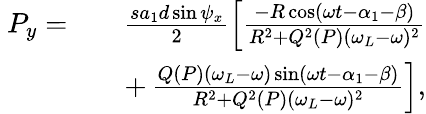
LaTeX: \begin{array}{rlr}{~P_{y}=}&{}&{\frac{sa_{1}d\sin\psi_{x}}{2}\left[\frac{-R\cos(\omega t-\alpha_{1}-\beta)}{R^{2}+Q^{2}(P)(\omega_{L}-\omega)^{2}}\right.}\\ &{}&{+\left.\frac{Q(P)(\omega_{L}-\omega)\sin(\omega t-\alpha_{1}-\beta)}{R^{2}+Q^{2}(P)(\omega_{L}-\omega)^{2}}\right],}\end{array}